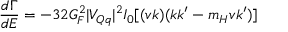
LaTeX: \frac { d \Gamma } { d E } = - 3 2 G _ { F } ^ { 2 } | V _ { Q q } | ^ { 2 } I _ { 0 } [ ( v k ) ( k k ^ { \prime } - m _ { H } v k ^ { \prime } ) ]